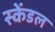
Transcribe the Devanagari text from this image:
स्केंडल